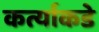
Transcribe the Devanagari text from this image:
कर्त्याकडे